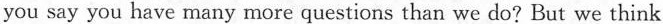
you say you have many more questions than we do? But we think